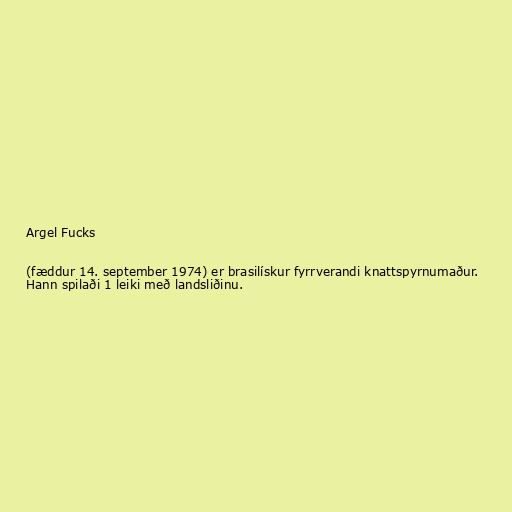
Argel Fucks

(fæddur 14. september 1974) er brasilískur fyrrverandi knattspyrnumaður.
Hann spilaði 1 leiki með landsliðinu.